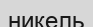
никель